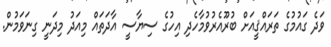
ވަދެ ގައުމުގެ ތަރައްޤީއަށް ބުރޫއެރުވުމާހެދި އިހުގެ ސިޔާސީ އާދަތައް މިއަދު މިދަނީ ގިނަވަމުން.